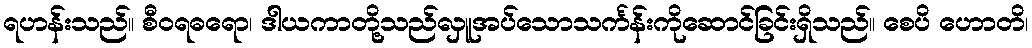
ရဟန်းသည်။ စီဝရဓရော၊ ဒါယကာတို့သည်လှူအပ်သောသင်္ကန်းကိုဆောင်ခြင်းရှိသည်။ စေပိ ဟောတိ၊